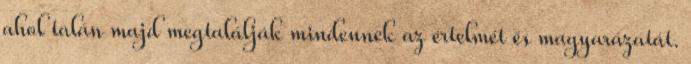
ahol talán majd megtalálják mindennek az értelmét és magyarázatát.